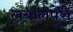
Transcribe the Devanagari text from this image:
लयालपुरी